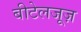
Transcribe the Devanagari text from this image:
बीटेलजूज़